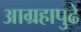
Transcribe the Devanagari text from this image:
आग्रहापुढे